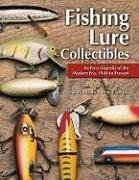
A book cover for An Encyclopedia of the Modern Era, 1940 to Present (Fishing Lure Collectibles); Dudley Murphy; Crafts, Hobbies & Home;